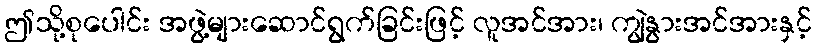
ဤသို့စုပေါင်း အဖွဲ့များဆောင်ရွက်ခြင်းဖြင့် လူအင်အား၊ ကျွဲနွားအင်အားနှင့်